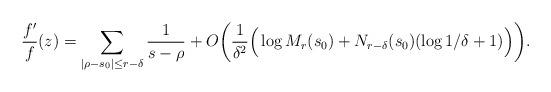
LaTeX: \begin{align*}\frac{f'}{f}(z)=\sum_{|\rho-s_0| \leq r-\delta}\frac{1}{s-\rho} +O\bigg( \frac{1}{\delta^2}\Big(\log M_{r}(s_0) +N_{r-\delta}(s_0) (\log 1/\delta+1) \Big)\bigg).\end{align*}